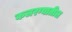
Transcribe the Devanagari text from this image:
कलरग्यातील